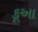
કૂઆ